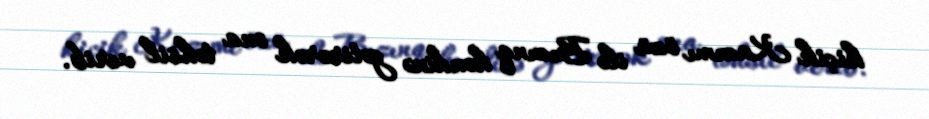
kiçik Kazımı özü ilə Bızınq kəndinə gətirərək ona təhsil verib.